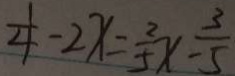
\frac { 1 } { 4 } - 2 x = \frac { 2 } { 5 } x - \frac { 3 } { 5 }